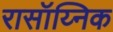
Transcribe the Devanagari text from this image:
रासॉय्निक